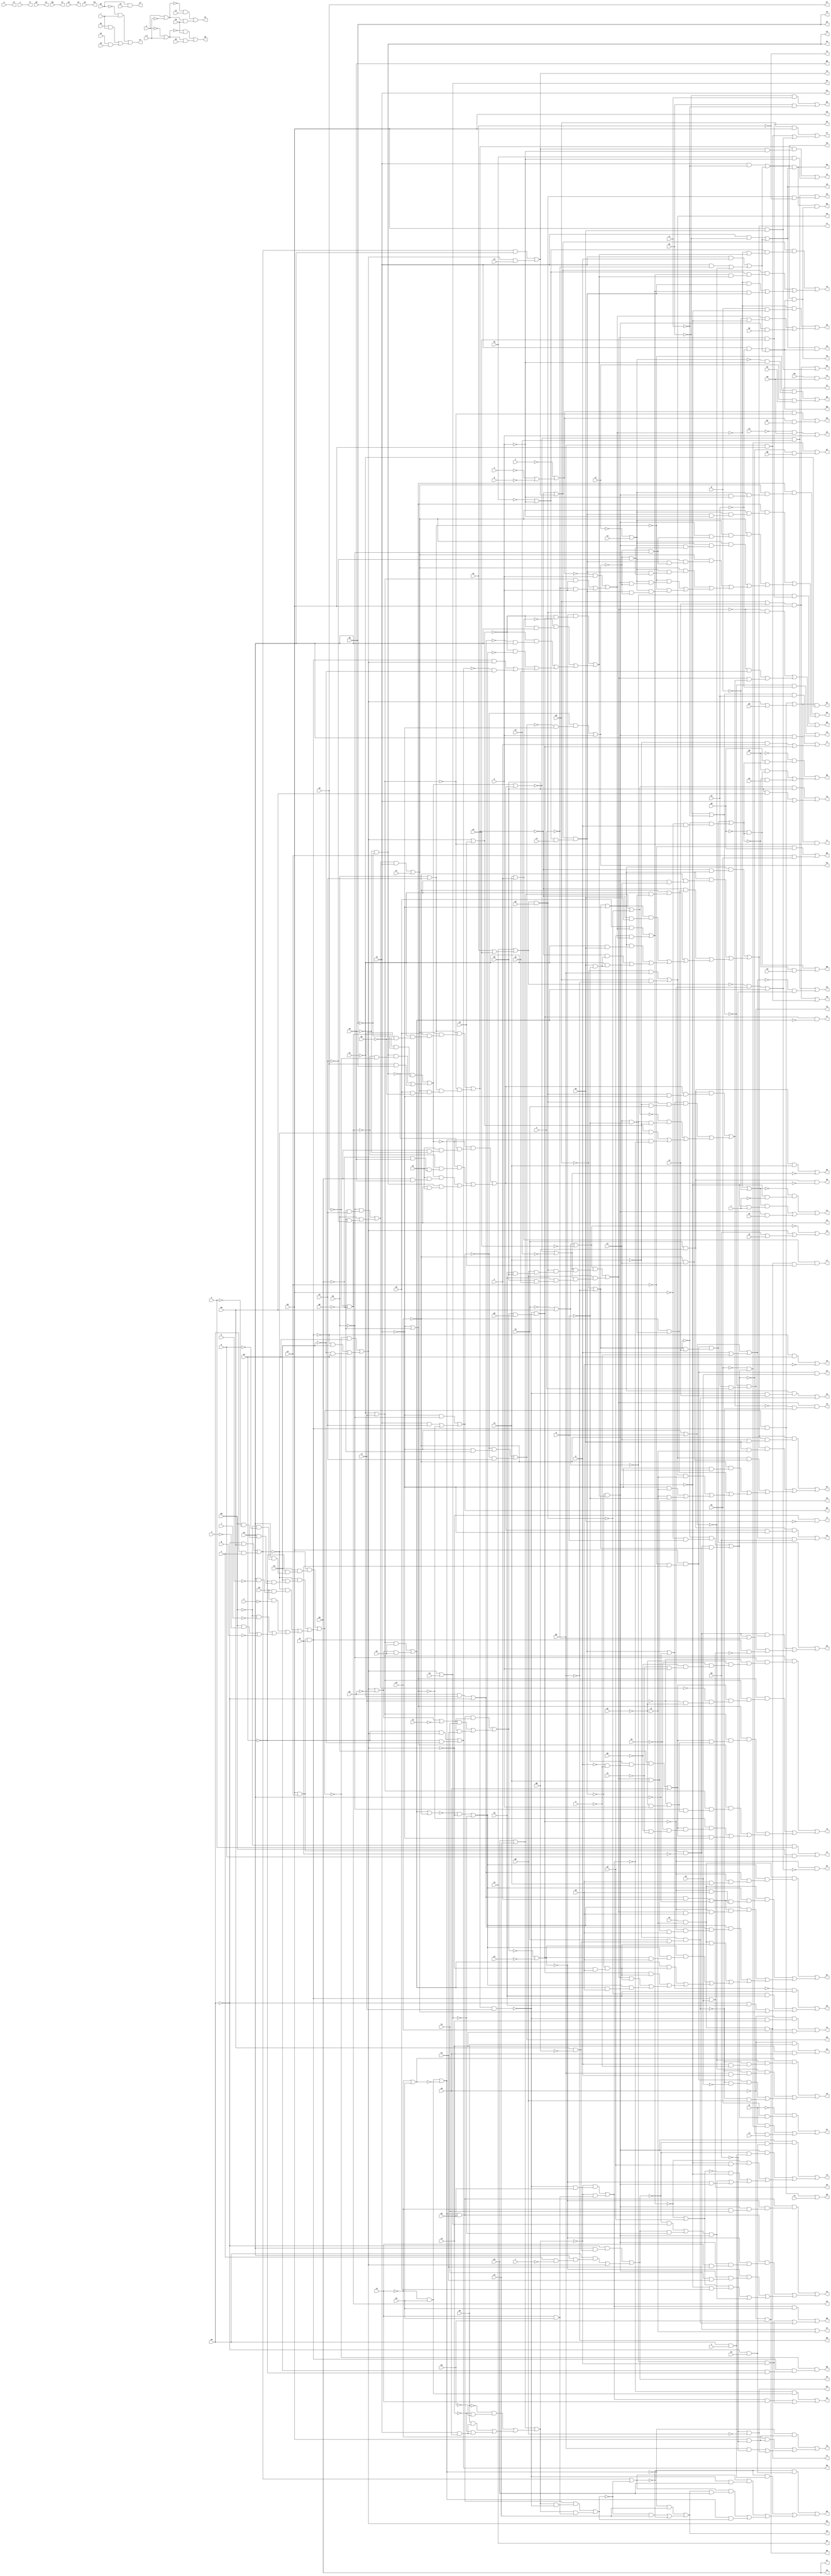
// IWLS benchmark module "rot" printed on Wed May 29 17:28:12 2002
module rot(a, b, c, d, e, f, g, h, i, j, k, l, m, n, o, p, q, r, s, t, u, v, w, \x , y, z, a0, b0, c0, d0, e0, f0, g0, h0, i0, j0, k0, l0, m0, n0, o0, p0, q0, r0, s0, t0, u0, v0, w0, x0, y0, z0, a1, b1, c1, d1, e1, f1, g1, h1, i1, j1, k1, l1, m1, n1, o1, p1, q1, r1, s1, t1, u1, v1, w1, x1, y1, z1, a2, b2, c2, d2, e2, f2, g2, h2, i2, j2, k2, l2, m2, n2, o2, p2, q2, r2, s2, t2, u2, v2, w2, x2, y2, z2, a3, b3, c3, d3, e3, f3, g3, h3, i3, j3, k3, l3, m3, n3, o3, p3, q3, r3, s3, t3, u3, v3, w3, x3, y3, z3, a4, b4, c4, d4, e4, f4, g4, h4, i4, j4, k4, l4, m4, n4, o4, p4, q4, r4, s4, t4, u4, v4, w4, x4, y4, z4, a5, b5, c5, d5, e5, f5, g5, h5, i5, j5, k5, l5, m5, n5, o5, p5, q5, r5, s5, t5, u5, v5, w5, x5, y5, z5, a6, b6, c6, d6, e6, f6, g6, h6, i6, j6, k6, l6, m6, n6, o6, p6, q6, r6, s6, t6, u6, v6, w6, x6, y6, z6, a7, b7, c7, d7, e7, f7, g7, h7, i7, j7, k7, l7, m7, n7, o7, p7, q7, r7, s7, t7, u7, v7, w7, x7, y7, z7, a8, b8, c8, d8, e8, f8, g8, h8);
input
  z0,
  z1,
  z2,
  z3,
  a,
  b,
  c,
  d,
  e,
  f,
  g,
  h,
  i,
  j,
  k,
  l,
  m,
  n,
  o,
  p,
  q,
  r,
  s,
  t,
  u,
  v,
  w,
  \x ,
  y,
  z,
  a0,
  a1,
  a2,
  a3,
  a4,
  b0,
  b1,
  b2,
  b3,
  b4,
  c0,
  c1,
  c2,
  c3,
  c4,
  d0,
  d1,
  d2,
  d3,
  d4,
  e0,
  e1,
  e2,
  e3,
  e4,
  f0,
  f1,
  f2,
  f3,
  g0,
  g1,
  g2,
  g3,
  h0,
  h1,
  h2,
  h3,
  i0,
  i1,
  i2,
  i3,
  j0,
  j1,
  j2,
  j3,
  k0,
  k1,
  k2,
  k3,
  l0,
  l1,
  l2,
  l3,
  m0,
  m1,
  m2,
  m3,
  n0,
  n1,
  n2,
  n3,
  o0,
  o1,
  o2,
  o3,
  p0,
  p1,
  p2,
  p3,
  q0,
  q1,
  q2,
  q3,
  r0,
  r1,
  r2,
  r3,
  s0,
  s1,
  s2,
  s3,
  t0,
  t1,
  t2,
  t3,
  u0,
  u1,
  u2,
  u3,
  v0,
  v1,
  v2,
  v3,
  w0,
  w1,
  w2,
  w3,
  x0,
  x1,
  x2,
  x3,
  y0,
  y1,
  y2,
  y3;
output
  z4,
  z5,
  z6,
  z7,
  a5,
  a6,
  a7,
  a8,
  b5,
  b6,
  b7,
  b8,
  c5,
  c6,
  c7,
  c8,
  d5,
  d6,
  d7,
  d8,
  e5,
  e6,
  e7,
  e8,
  f4,
  f5,
  f6,
  f7,
  f8,
  g4,
  g5,
  g6,
  g7,
  g8,
  h4,
  h5,
  h6,
  h7,
  h8,
  i4,
  i5,
  i6,
  i7,
  j4,
  j5,
  j6,
  j7,
  k4,
  k5,
  k6,
  k7,
  l4,
  l5,
  l6,
  l7,
  m4,
  m5,
  m6,
  m7,
  n4,
  n5,
  n6,
  n7,
  o4,
  o5,
  o6,
  o7,
  p4,
  p5,
  p6,
  p7,
  q4,
  q5,
  q6,
  q7,
  r4,
  r5,
  r6,
  r7,
  s4,
  s5,
  s6,
  s7,
  t4,
  t5,
  t6,
  t7,
  u4,
  u5,
  u6,
  u7,
  v4,
  v5,
  v6,
  v7,
  w4,
  w5,
  w6,
  w7,
  x4,
  x5,
  x6,
  x7,
  y4,
  y5,
  y6,
  y7;
wire
  j13,
  j14,
  j15,
  j16,
  \[146] ,
  r12,
  \[148] ,
  r13,
  r14,
  r15,
  z12,
  z13,
  z14,
  z16,
  \[150] ,
  c13,
  c14,
  c15,
  c16,
  \[153] ,
  k13,
  k14,
  k15,
  k17,
  \[6] ,
  s12,
  \[158] ,
  s13,
  s14,
  s15,
  s16,
  \[159] ,
  \[161] ,
  d13,
  d14,
  d15,
  d16,
  d17,
  \[162] ,
  \[163] ,
  l12,
  l13,
  l14,
  l15,
  \[165] ,
  l17,
  t12,
  \[168] ,
  t13,
  t14,
  t15,
  \[171] ,
  e13,
  e14,
  e15,
  e16,
  \[174] ,
  m12,
  m13,
  m14,
  m15,
  m16,
  \[176] ,
  u12,
  u13,
  u14,
  u15,
  \[179] ,
  \[181] ,
  f13,
  f14,
  f15,
  f16,
  f17,
  \[182] ,
  \[183] ,
  \[200] ,
  \[107] ,
  \[201] ,
  n12,
  \[108] ,
  n13,
  n14,
  n15,
  \[185] ,
  \[202] ,
  \[109] ,
  v12,
  v13,
  v15,
  v16,
  \[110] ,
  \[112] ,
  \[113] ,
  \[190] ,
  \[114] ,
  g13,
  g14,
  g15,
  \[115] ,
  g16,
  \[117] ,
  o12,
  \[118] ,
  o13,
  o14,
  o15,
  o16,
  \[197] ,
  w12,
  w13,
  w15,
  w16,
  \[199] ,
  \[120] ,
  \[122] ,
  \[123] ,
  h13,
  h14,
  h15,
  \[125] ,
  h16,
  h17,
  \[126] ,
  \[127] ,
  p12,
  \[128] ,
  p13,
  p14,
  p15,
  p16,
  p17,
  \[129] ,
  x12,
  x13,
  x14,
  x15,
  \[130] ,
  \[131] ,
  a13,
  a14,
  a15,
  \[132] ,
  \[133] ,
  \[134] ,
  \[50] ,
  i13,
  i14,
  i15,
  \[135] ,
  i16,
  \[137] ,
  q12,
  q13,
  q14,
  q15,
  q16,
  y12,
  y13,
  y14,
  y15,
  y16,
  \[141] ,
  b13,
  b14,
  b15,
  b16;
assign
  z4 = c13,
  z5 = a14,
  z6 = x14,
  z7 = q15,
  j13 = l13 & k13,
  j14 = (\[131]  & (~g16 & r0)) | o16,
  j15 = h16 & ~s16,
  j16 = \[197]  & a2,
  \[146]  = \[123]  | (p | ~o),
  r12 = v16 & w1,
  \[148]  = ~b16 | n2,
  r13 = (~\[130]  & x13) | ((~p16 & j16) | ((~p16 & j0) | (p16 & i16))),
  r14 = (\[201]  & (~g16 & c3)) | (q14 & c3),
  r15 = (w16 & v16) | c4,
  z12 = (~y15 & (b & ~x15)) | ((y15 & (~b & ~x15)) | (x15 & d2)),
  z13 = (\[179]  & l3) | ~\[115] ,
  z14 = (y14 & (~y3 & (o1 & m1))) | ((y14 & (m1 & i1)) | ((e14 & (~y3 & o1)) | ((~y3 & (~l2 & o1)) | ((~y3 & (o1 & ~q)) | ((e14 & i1) | ((~l2 & i1) | (i1 & ~q))))))),
  z16 = (~v15 & (x14 & ~w0)) | ((v15 & (~x14 & ~z0)) | (z0 & w0)),
  \[150]  = z16 | p17,
  c13 = b4 & v0,
  c14 = (\[163]  & m2) | (m2 & m1),
  c15 = (~k1 & k17) | (~k17 & q3),
  c16 = (\[200]  & (\[126]  & ~g16)) | (\[126]  & (i3 & h3)),
  \[153]  = q16 | ~u2,
  k13 = (l2 & ~d1) | \[158] ,
  k14 = ~k2 & ~m0,
  k15 = (~\[197]  & ~h16) | s16,
  k17 = (~\[110]  & (~m2 & q)) | (\[182]  & \[110] ),
  \[6]  = ~o3,
  s12 = (\[134]  & (\[113]  & (\[107]  & (x15 & ~a)))) | ((\[134]  & (\[113]  & (\[107]  & (q16 & ~a)))) | ((\[113]  & (\[107]  & (x15 & (~o13 & ~h2)))) | ((\[113]  & (\[107]  & (x15 & (~o13 & ~f2)))) | ((\[113]  & (\[107]  & (q16 & (~o13 & ~h2)))) | ((\[113]  & (\[107]  & (q16 & (~o13 & ~f2)))) | ((~\[120]  & (\[107]  & (x15 & ~o13))) | (~\[120]  & (\[107]  & (q16 & ~o13))))))))),
  \[158]  = (l2 & p) | ((l2 & ~n) | ~\[123] ),
  s13 = p16 & (~i16 & ~o16),
  s14 = (\[201]  & d3) | (c3 & o0),
  s15 = ~w16 & (v16 & (x2 & ~w2)),
  s16 = (\[127]  & n1) | (\[122]  & n1),
  \[159]  = m2 & y1,
  \[161]  = ~y15 | ~b,
  d13 = (~d1 & c1) | (d1 & ~c1),
  d14 = \[181]  & w1,
  d15 = (~l1 & (k1 & k17)) | ((l1 & (~k1 & k17)) | (~k17 & r3)),
  d16 = (~i3 & h3) | ~\[141] ,
  d17 = ~\[130]  & ~\[126] ,
  \[162]  = ~d1 | ~c1,
  \[163]  = q2 | r0,
  l12 = (~\[183]  & j1) | (\[183]  & e0),
  l13 = (l2 & ~c1) | \[158] ,
  l14 = (~d16 & (m2 & ~k2)) | ((~i3 & (m2 & ~k2)) | ((p2 & ~k2) | k14)),
  l15 = (\[202]  & (\[125]  & (\[108]  & (~h16 & (a4 & l3))))) | ((\[202]  & (\[125]  & (\[114]  & (~h16 & a4)))) | ((\[125]  & (\[114]  & (~h16 & (p16 & a4)))) | ((\[125]  & (\[108]  & (~h16 & (i14 & a4)))) | ((\[202]  & (~q16 & (~u15 & a4))) | ((\[174]  & (\[125]  & (h16 & a4))) | ((s16 & (~q16 & (~u15 & a4))) | ((h16 & (~q16 & (~u15 & a4))) | ((p16 & (~q16 & (~u15 & a4))) | (\[125]  & (s16 & a4)))))))))),
  \[165]  = l3 | s,
  l17 = (\[181]  & (\[110]  & r0)) | (~\[110]  & (~m2 & p)),
  t12 = (~\[120]  & (~\[107]  & ~a)) | (t2 & a1),
  \[168]  = s16 | ~y3,
  t13 = (~\[150]  & j2) | (j16 & ~o3),
  t14 = (~\[150]  & j2) | (~\[146]  & ~k2),
  t15 = (~v16 & w2) | ~a4,
  \[171]  = \[109]  | ~c16,
  e13 = (~\[162]  & ~e1) | (\[162]  & e1),
  e14 = (~q2 & p2) | (q2 & ~p2),
  e15 = \[202]  & y3,
  e16 = (~d3 & (~c3 & ~b3)) | ((d3 & (l2 & o0)) | (~c3 & (l2 & o0))),
  \[174]  = \[133] ,
  m12 = (~y1 & p0) | (y1 & k1),
  m13 = ~\[162]  & (e1 & n),
  m14 = (y16 & h3) | (d17 | o16),
  m15 = \[176]  & ~s1,
  m16 = (~\[174]  & (~\[132]  & h16)) | ((~\[165]  & (~\[132]  & u2)) | ((~\[132]  & (~\[108]  & u2)) | ((~\[132]  & ~\[125] ) | ((v16 & u15) | (~w15 & ~x2))))),
  \[176]  = (w16 & v16) | (u15 | d4),
  u12 = (\[127]  & (~h2 & (~r1 & (~q1 & (~h1 & (~g1 & (~f1 & a))))))) | ((\[134]  & (\[127]  & (\[112]  & (~f17 & (~r1 & ~q1))))) | ((\[134]  & (\[127]  & (\[112]  & (~r1 & (~q1 & a))))) | ((\[134]  & (\[127]  & (~h2 & (~r1 & (~q1 & a))))) | ((~\[134]  & (\[112]  & (~h1 & (~g1 & ~f1)))) | (\[112]  & ~l2))))),
  u13 = (\[190]  & k0) | ((k0 & h0) | l2),
  u14 = \[179]  & ~p17,
  u15 = (~w16 & w2) | ((~v16 & x2) | (~x2 & w2)),
  \[179]  = t0 & g0,
  \[181]  = m2 & (~y1 & x1),
  f13 = j13 & h13,
  f14 = (\[163]  & m2) | (p2 & m2),
  f15 = ~u15 & ~m1,
  f16 = (\[200]  & \[129] ) | ((\[129]  & f3) | (\[129]  & e3)),
  f17 = (~h2 & (~g2 & f2)) | (h2 & (~g2 & ~f2)),
  \[182]  = \[159]  & ~x1,
  \[183]  = y | ~\x ,
  \[200]  = d16 & m3,
  \[107]  = ~t2 | t1,
  \[201]  = ~o0,
  n12 = u15 | v2,
  \[108]  = (b2 & ~s1) | ~s0,
  n13 = (\[199]  & ~\[127] ) | (\[199]  & b1),
  n14 = (~y16 & (~i3 & h3)) | ((y16 & i3) | d17),
  n15 = \[176]  & ~\[127] ,
  \[185]  = ~y | \x ,
  \[202]  = e4 & i1,
  \[109]  = (~s0 & h0) | (s0 & u),
  v12 = (h17 & (p12 & ~a)) | (f0 & ~a),
  v13 = (~\[153]  & l0) | ((~j16 & l0) | ((~s0 & l0) | \[113] )),
  v15 = ~x0 & ~w0,
  v16 = \[159]  & x1,
  \[110]  = ~q2 | ~p2,
  \[112]  = (h2 & (~q & (~p & ~o))) | o0,
  \[113]  = (f17 & l2) | z1,
  \[190]  = \[118]  | ~j16,
  \[114]  = (\[108]  & s) | ~u2,
  g13 = k13 & i13,
  g14 = (~p0 & l17) | (~l17 & v3),
  g15 = \[182]  | i1,
  \[115]  = ~\[150]  | ~j2,
  g16 = h17 & r1,
  \[117]  = ~f0 | ~a,
  o12 = (~s0 & (u2 & (h0 & ~g0))) | ((s0 & (u2 & (u & ~t))) | u15),
  \[118]  = a3 | z2,
  o13 = (~q13 & (~p13 & ~l2)) | a,
  o14 = (~d16 & z2) | ((~c16 & z2) | ~\[171] ),
  o15 = (~p3 & r) | ((k3 & r) | (s2 & u0)),
  o16 = ~l3 & (t0 & (h0 & ~g0)),
  \[197]  = t3 | (o3 | n3),
  w12 = (x15 & (~o12 & (~s0 & i0))) | ((x15 & (~o12 & (s0 & v))) | ((~b16 & (~x15 & n2)) | ((~\[148]  & ~x15) | ((\[137]  & x15) | (~\[133]  & x15))))),
  w13 = (\[141]  & (~\[123]  & (~o16 & (p & ~o)))) | ((~\[123]  & (~o16 & (p2 & p))) | ((\[181]  & (~o16 & ~w1)) | (~o16 & m0))),
  w15 = (~w2 & u15) | (~w2 & ~x2),
  w16 = (~\[109]  & (x2 & (~w2 & (u2 & (~d0 & ~m))))) | ((~\[109]  & (x2 & (~w2 & (u2 & (d0 & ~k))))) | ((~\[109]  & (u3 & (u2 & ~h))) | ((u3 & ~i) | ((~d0 & ~l) | ((d0 & ~j) | ~g))))),
  \[199]  = ~f | (~e | ~d),
  \[120]  = h2 | f2,
  \[122]  = u15 | ~b2,
  \[123]  = ~l2 | q,
  h13 = l13 & i13,
  h14 = (~q0 & (p0 & l17)) | ((q0 & (~p0 & l17)) | (~l17 & w3)),
  h15 = (x15 & u2) | ((~l3 & s) | h16),
  \[125]  = (~\[168]  & ~u15) | ~n12,
  h16 = ~g16 & (f16 & g3),
  h17 = (\[120]  & (\[113]  & (o2 & (~s1 & (r1 & ~p1))))) | (~\[127]  & (\[120]  & (\[113]  & (o2 & ~p1)))),
  \[126]  = \[118]  | e16,
  \[127]  = ~s1 | r1,
  p12 = (\[109]  & u2) | (u15 & c2),
  \[128]  = ~h17 | p12,
  p13 = (~q13 & (~l2 & ~g2)) | (~q13 & f2),
  p14 = (~\[171]  & (~s0 & i0)) | ((~\[171]  & (s0 & v)) | ((\[171]  & (~g16 & a3)) | ((\[171]  & (o14 & a3)) | (d16 & c16)))),
  p15 = p3 & j3,
  p16 = (\[135]  & (\[115]  & (j16 & (m0 & (l0 & k0))))) | (\[115]  & (m0 & (l0 & (k0 & j0)))),
  p17 = (~z16 & (~v15 & (u1 & (y0 & ~x0)))) | ((~z16 & (~x14 & (u1 & (~y0 & x0)))) | ((z16 & (u1 & (y0 & x0))) | (v15 & (x14 & u1)))),
  \[129]  = \[122]  | ~v1,
  x12 = (\[200]  & (~\[133]  & (x15 & (~i3 & f3)))) | ((\[200]  & (~\[133]  & (x15 & (i3 & e3)))) | ((~\[133]  & (x15 & (f3 & e3))) | ((\[148]  & (~x15 & o2)) | (\[137]  & x15)))),
  x13 = p16 & n3,
  x14 = ~z0 & ~y0,
  x15 = ~q16 & m16,
  a5 = m2,
  a6 = b14,
  a7 = y0,
  a8 = r15,
  b5 = d13,
  b6 = c14,
  b7 = z0,
  b8 = s15,
  c5 = e13,
  c6 = d14,
  c7 = y14,
  c8 = t15,
  d5 = f13,
  d6 = \[50] ,
  d7 = z14,
  d8 = u15,
  e5 = g13,
  e6 = e14,
  e7 = a15,
  e8 = v15,
  \[130]  = ~t0 | h0,
  f4 = l12,
  f5 = h13,
  f6 = f14,
  f7 = b15,
  f8 = w0,
  \[131]  = \[110]  | ~l2,
  g4 = m12,
  g5 = i13,
  g6 = g14,
  g7 = c15,
  a13 = (~\[161]  & (~x15 & ~c)) | ((\[161]  & (~x15 & c)) | (x15 & e2)),
  g8 = x0,
  a14 = ~\[135]  | (u15 | (k2 | i2)),
  a15 = \[165]  & (e15 & z3),
  \[132]  = u15 | z3,
  h4 = n12,
  h5 = j13,
  h6 = h14,
  h7 = d15,
  h8 = w15,
  \[133]  = ~f16 | ~y2,
  i4 = o12,
  i5 = k13,
  i6 = i14,
  i7 = e15,
  \[134]  = ~l2 | ~g2,
  \[50]  = ~p2,
  j4 = p12,
  j5 = l13,
  j6 = j14,
  j7 = f15,
  i13 = (l2 & ~e1) | \[158] ,
  i14 = p16 & l3,
  i15 = ~h16 & ~k15,
  \[135]  = \[130]  | ~n3,
  i16 = (\[179]  & (p17 & (j16 & ~l2))) | ((\[153]  & (j16 & (~l3 & t0))) | ((~\[190]  & (~\[130]  & ~l3)) | ((\[132]  & ~\[109] ) | (d16 & ~y16)))),
  k4 = s3,
  k5 = l2,
  k6 = k14,
  k7 = g15,
  l4 = \[6] ,
  l5 = m13,
  l6 = l14,
  l7 = h15,
  \[137]  = (~o12 & n12) | (o12 & ~n12),
  m4 = t3,
  m5 = n13,
  m6 = m14,
  m7 = i15,
  q12 = (\[181]  & (\[110]  & r0)) | ((\[182]  & m13) | ((\[182]  & ~n) | (v16 & ~r12))),
  q13 = (~l2 & ~h2) | ((l2 & f2) | ~\[134] ),
  q14 = \[201]  & b3,
  q15 = (~d0 & k) | (d0 & m),
  q16 = \[128]  & (\[117]  & r2),
  n4 = q12,
  n5 = o13,
  n6 = n14,
  n7 = j15,
  o4 = r12,
  o5 = p13,
  o6 = o14,
  o7 = k15,
  p4 = s12,
  p5 = q13,
  p6 = p14,
  p7 = l15,
  y12 = (\[128]  & (\[117]  & (~y15 & m16))) | ((\[128]  & (\[117]  & (b16 & m16))) | ((~y15 & q16) | (b16 & q16))),
  y13 = (\[179]  & (p17 & ~l2)) | (\[146]  & k2),
  y14 = (\[131]  & (~h17 & (~y3 & o1))) | ((\[131]  & (~y3 & (~s1 & o1))) | ((~h17 & (~y3 & (o1 & ~q))) | ((~y3 & (~s1 & (o1 & ~q))) | ((\[131]  & (~h17 & m1)) | ((\[131]  & (~s1 & m1)) | ((~h17 & (m1 & ~q)) | (~s1 & (m1 & ~q)))))))),
  y15 = (~\[199]  & a) | ((\[127]  & a) | (~n & a)),
  y16 = (~\[126]  & (~g16 & m3)) | (~\[126]  & (i3 & h3)),
  q4 = t12,
  q5 = r13,
  q6 = q14,
  q7 = m15,
  r4 = u12,
  r5 = s13,
  r6 = r14,
  r7 = n15,
  s4 = v12,
  s5 = t13,
  s6 = s14,
  s7 = w,
  t4 = w12,
  t5 = u13,
  t6 = t14,
  t7 = z,
  u4 = x12,
  u5 = v13,
  u6 = u14,
  u7 = a0,
  v4 = y12,
  v5 = w13,
  v6 = x14,
  v7 = b0,
  \[141]  = ~i3 | h3,
  w4 = z12,
  w5 = x13,
  w6 = y0,
  w7 = c0,
  b13 = (~x3 & v0) | a,
  b14 = (~\[185]  & e0) | (\[185]  & n0),
  b15 = (q2 & m2) | ((p2 & m2) | (m2 & m1)),
  b16 = (o2 & y15) | (n2 & y15),
  x4 = a13,
  x5 = y13,
  x6 = v15,
  x7 = o15,
  y4 = b13,
  y5 = z13,
  y6 = w0,
  y7 = p15;
endmodule